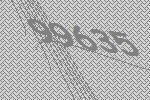
99635